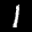
Label: 1